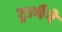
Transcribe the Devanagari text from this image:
ट्रामैने